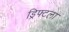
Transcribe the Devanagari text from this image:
ड्रिफ्टला